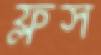
ফ্লস